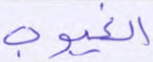
الغيوب